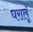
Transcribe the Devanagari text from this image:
घरालूँ